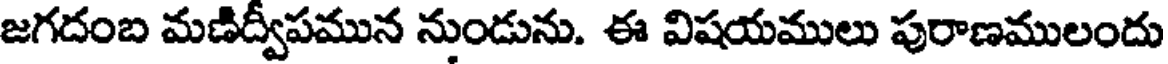
జగదంబ మణిద్వీపమున నుండును. ఈ విషయములు పురాణములందు